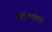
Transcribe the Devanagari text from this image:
रैंडॉल्फस